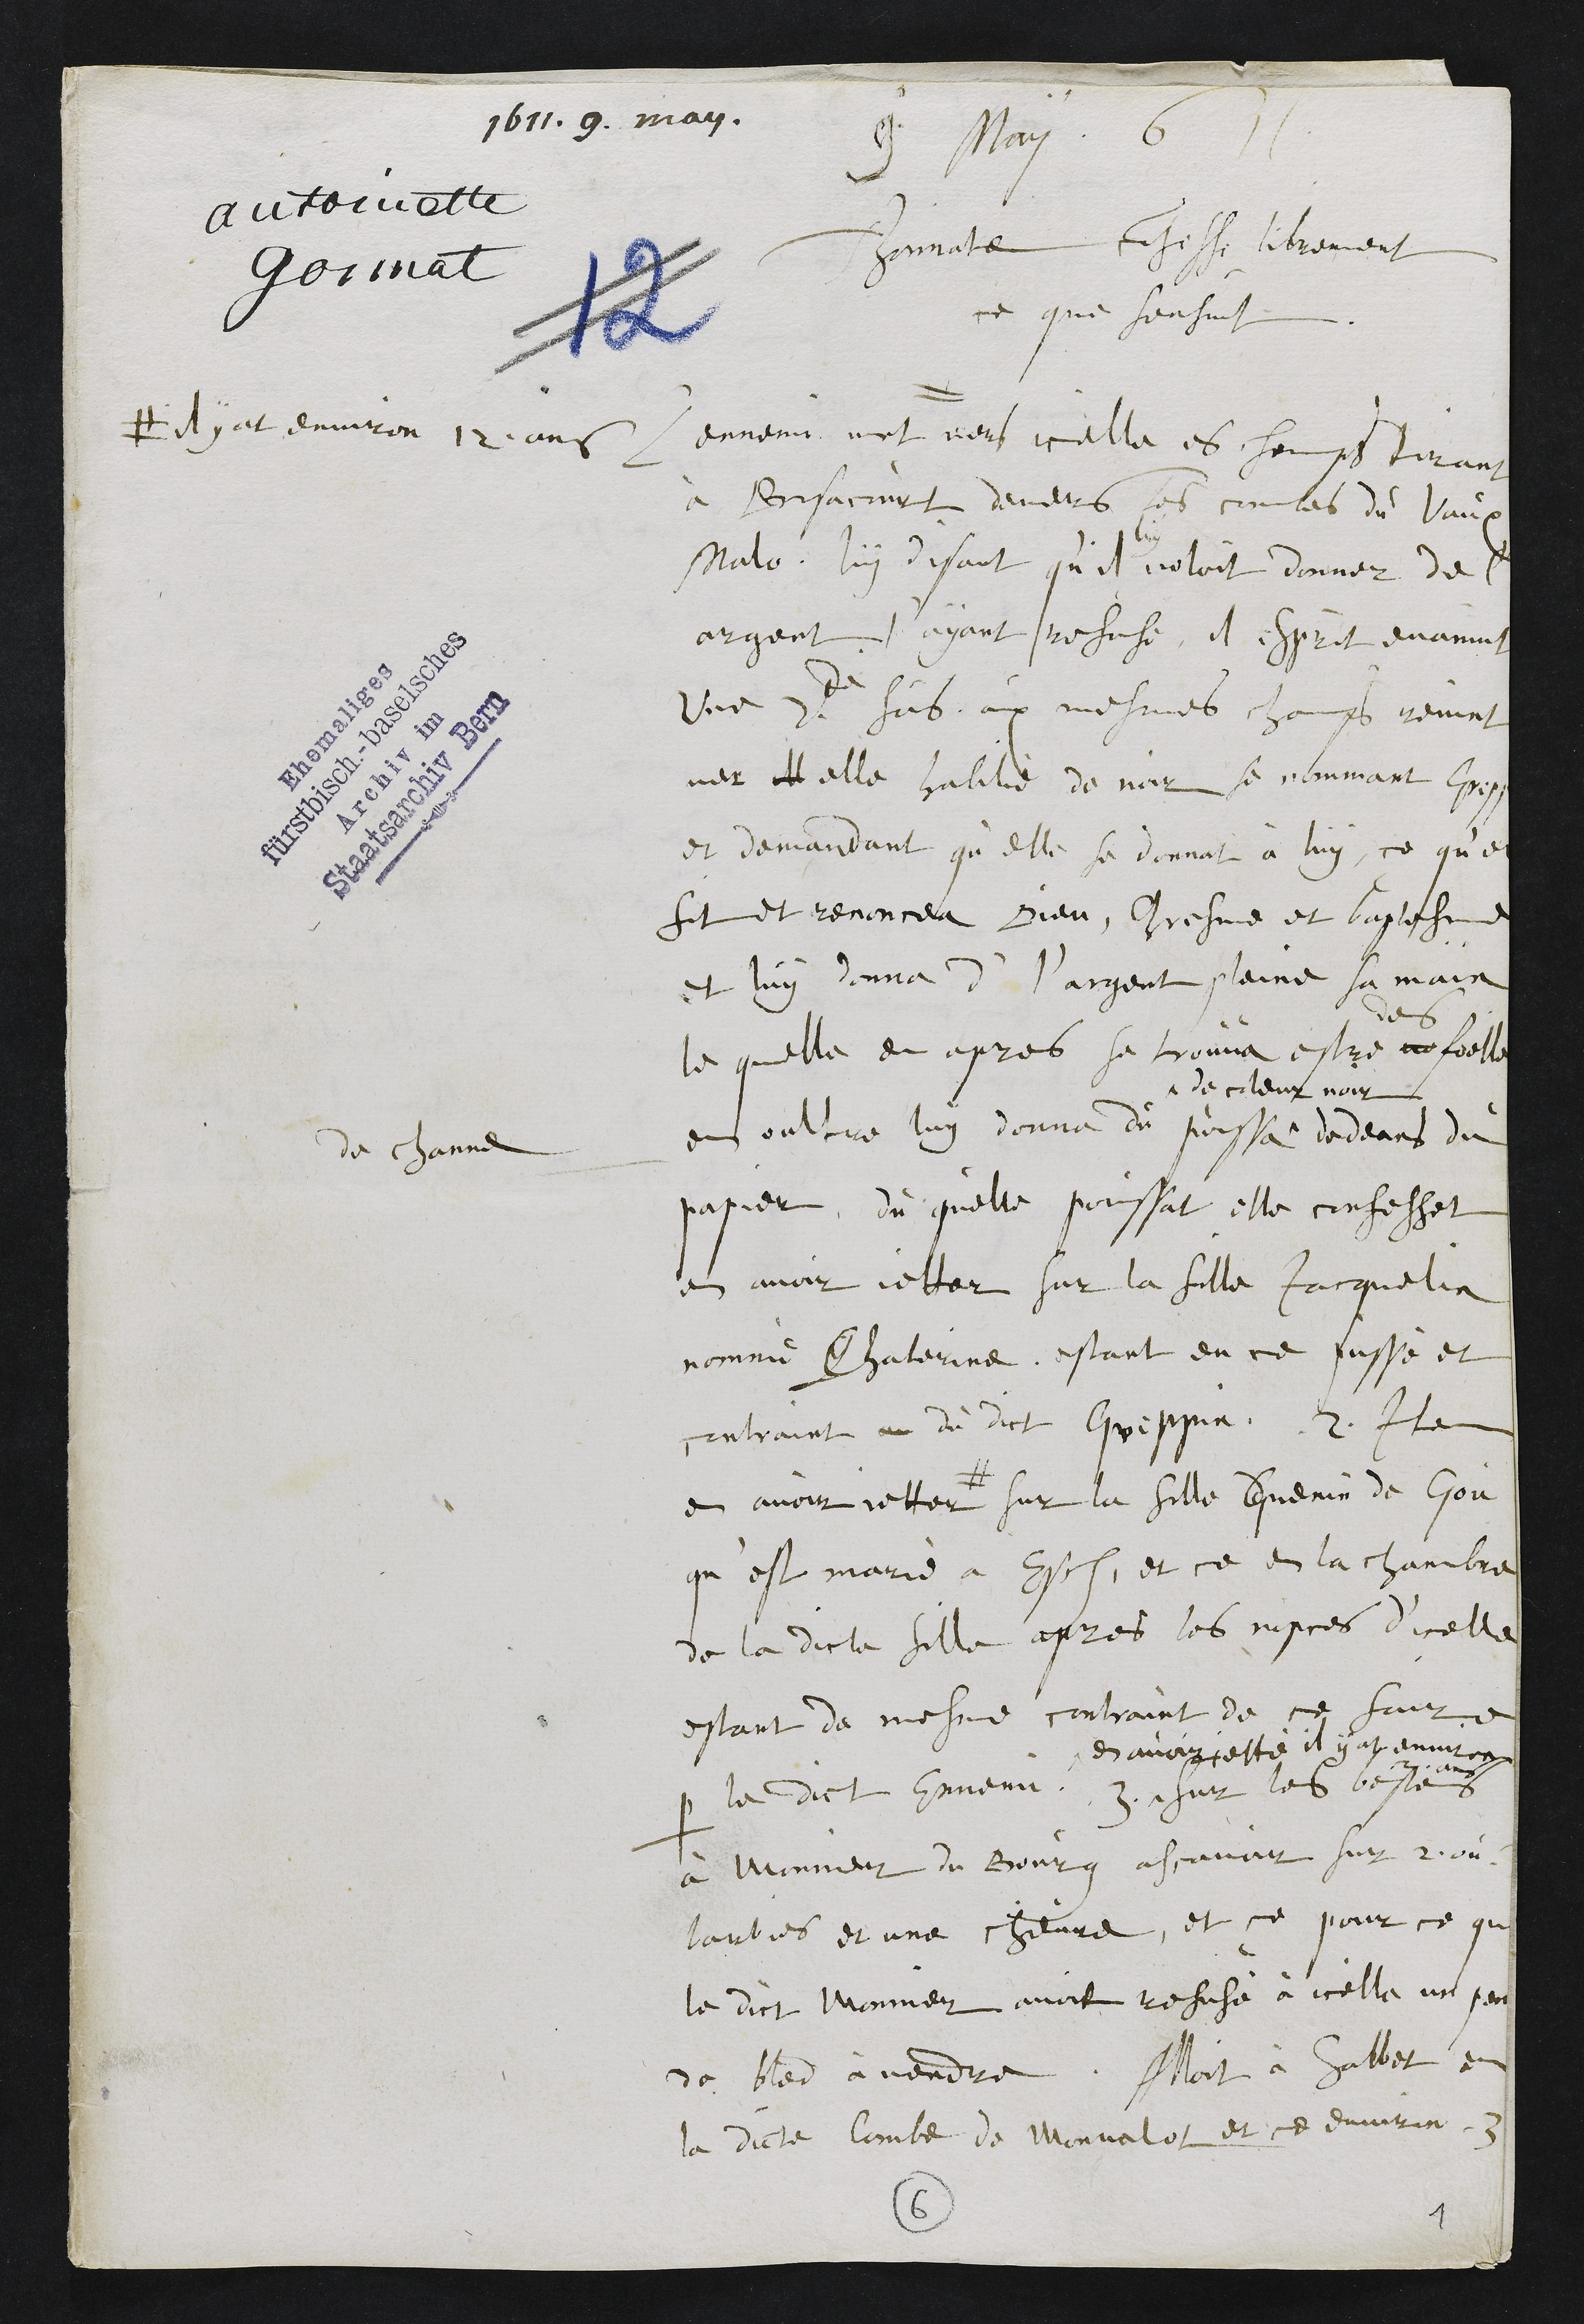
1611. 9. may.
9. May. 611.
antoinette
gonnat
Thonnatte confesse librement
ce que sensuit.
L'ennemi vint #
# il y at environ 12 ans
vers icelle es champs tirant
à Bersacourt devers les combes du Vaux
Malo, luy disant qu'il
luy
voloit donner de l'
argent. S'ayant refuse, l'esprit evanuit
Une 2.de fois, aux mesmes champs revint
ver ll elle habilié de noir se nommant Greppin
et demandant qu'elle se donnat à luy, ce qu'elle
fit et renoncea Dieu, Chresme et baptesme
et luy donna d' l'argent plaine sa main
la quelle en apres se trouva estre ue
des
foelle
de channe
en oultre luy donna du poussa
de coleur noir
dedeans du
papier, du qu'elle poussat elle confessat
en avoir jetter sur la fille Jacquelin
nomme Chaterine. estant en ce pussé et
contraint au du dict Greppin. 2. Item
en avoir jetter # sur la fille Guenin de Gou
qu'est marié a Esch, et ce en la chambre
de la dicte fille apres les nopces d'icelle
estant de mesme contraint de ce faire
par le dict Ennemi, 3.
en avoir jetté il y at environ
2 ans
sur les bestes
à Monnier du Bourg ascavoir sur 2 ou
barbies et une chievre, et ce pour ce que
le dict Monnier avoit refusé à icelle un penal
de bled à vendre. Alloit à Sabbat en
le dicte Combe de Monvalot et ce environ 3